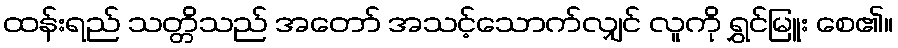
ထန်းရည် သတ္တိသည် အတော် အသင့်သောက်လျှင် လူကို ရွှင်မြူး စေ၏။